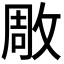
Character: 𭣶